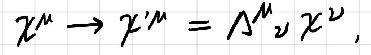
\(\chi^{\mu}\to\chi^{\prime\mu}=\Lambda^{\mu}_{\nu}\chi^{\nu}\)